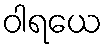
ဝါရယေ